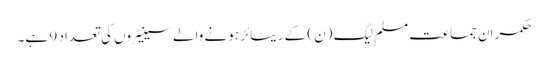
حکمران جماعت مسلم لیگ (ن) کے ریٹائر ہونے والے سینیٹروں کی تعداد 9 ہے۔